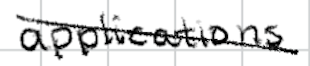
Text: applications
Cross-out: diagonal
Writing tool: digital_black